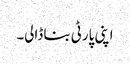
اپنی پارٹی بنا ڈالی۔